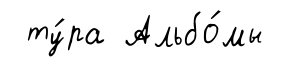
ту́ра Альбо́мы